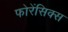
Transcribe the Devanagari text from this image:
फोरेंसिक्स